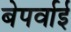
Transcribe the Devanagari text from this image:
बेपर्वाई